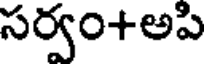
సర్వం+అపి